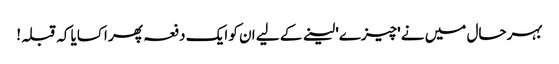
بہرحال میں نے 'چیزے' لینے کے لیے ان کو ایک دفعہ پھر اکسایا کہ قبلہ!